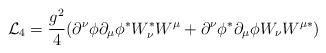
LaTeX: \begin{align*}{\cal L}_4 = \frac{g^2}{4} (\partial ^{\nu} \phi \partial _{\mu}\phi ^{\ast} W_{\nu} ^{\ast} W^{\mu} +\partial ^{\nu} \phi ^{\ast} \partial _{\mu}\phi W_{\nu} W^{\mu \ast})\end{align*}